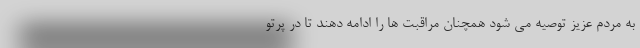
به مردم عزیز توصیه می شود همچنان مراقبت ها را ادامه دهند تا در پرتو